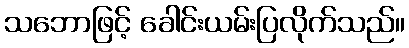
သဘောဖြင့် ခေါင်းယမ်းပြလိုက်သည်။